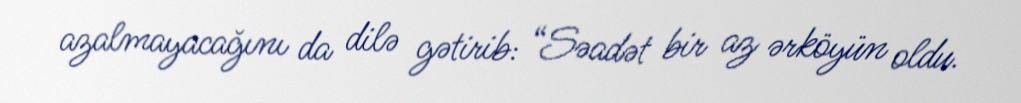
azalmayacağını da dilə gətirib: “Səadət bir az ərköyün oldu.